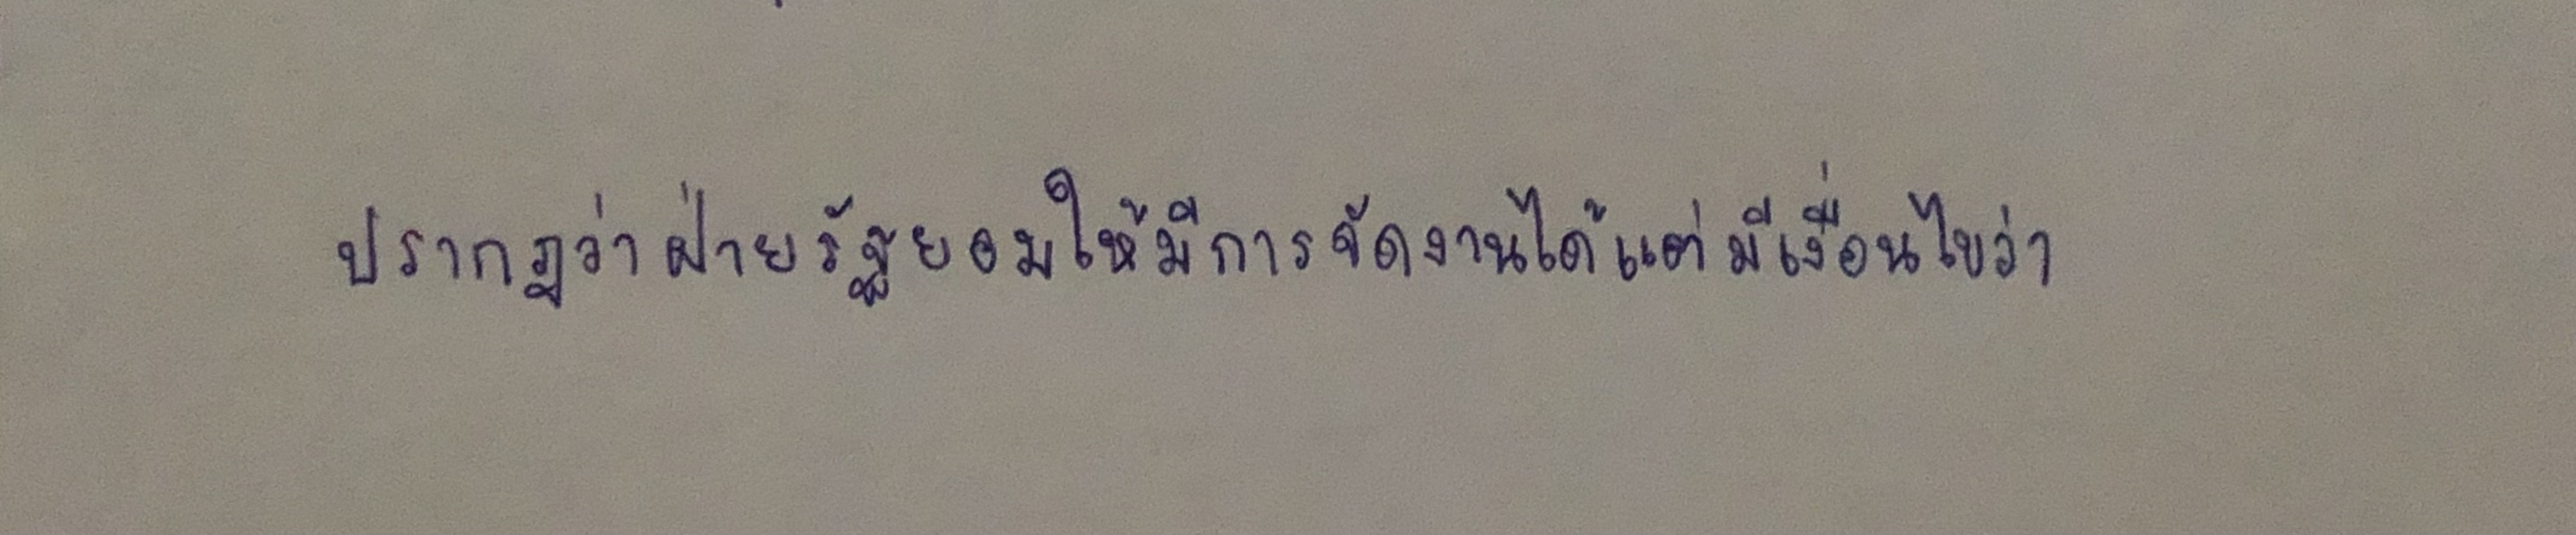
ปรากฎว่าฝ่ายรัฐยอมให้มีการจัดงานได้แต่มีเงื่อนไขว่า